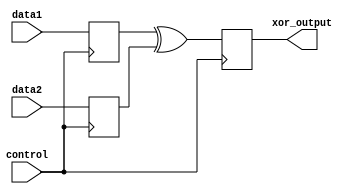
module TimingControlAndSyncBlock (
    input wire control,
    input wire data1,
    input wire data2,
    output reg xor_output
);

// Delay elements for input signals
reg data1_reg, data2_reg;

// XOR gate with specified delay
always @ (posedge control) begin
    data1_reg <= data1;
    data2_reg <= data2;
end

always @ (posedge control) begin
    #5 xor_output <= data1_reg ^ data2_reg;
end

endmodule